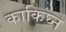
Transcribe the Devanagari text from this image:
काकिघ्न